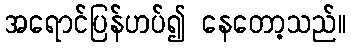
အရောင်ပြန်ဟပ်၍ နေတော့သည်။